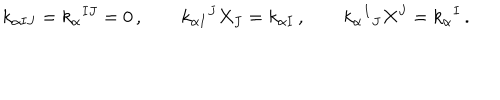
LaTeX: k _ { \alpha I J } = k _ { \alpha } { } ^ { I J } = 0 \, , \qquad k _ { \alpha I } { } ^ { J } X _ { J } = k _ { \alpha I } \, , \qquad k _ { \alpha } { } ^ { I } { } _ { J } X ^ { J } = k _ { \alpha } { } ^ { I } \, .